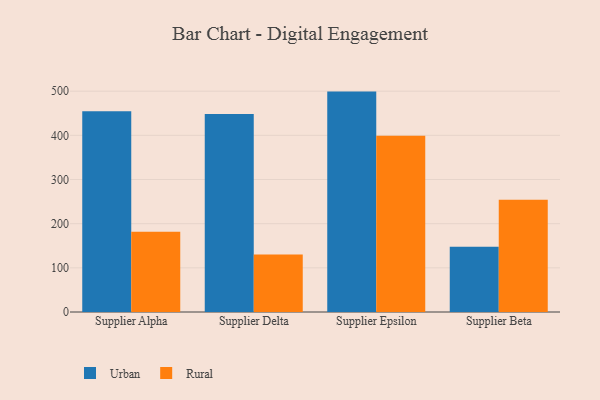
{"axis": {"x": "Supplier", "y": "Temperature (°C)"}, "legend": ["Rural", "Urban"], "data": [{"x": "Supplier Alpha", "y": 454.6, "type": "Urban"}, {"x": "Supplier Alpha", "y": 181.8, "type": "Rural"}, {"x": "Supplier Delta", "y": 448.2, "type": "Urban"}, {"x": "Supplier Delta", "y": 130.0, "type": "Rural"}, {"x": "Supplier Epsilon", "y": 499.0, "type": "Urban"}, {"x": "Supplier Epsilon", "y": 399.3, "type": "Rural"}, {"x": "Supplier Beta", "y": 148.0, "type": "Urban"}, {"x": "Supplier Beta", "y": 254.2, "type": "Rural"}]}